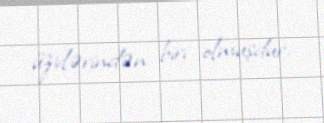
üzvlərindən biri olmuşdur.